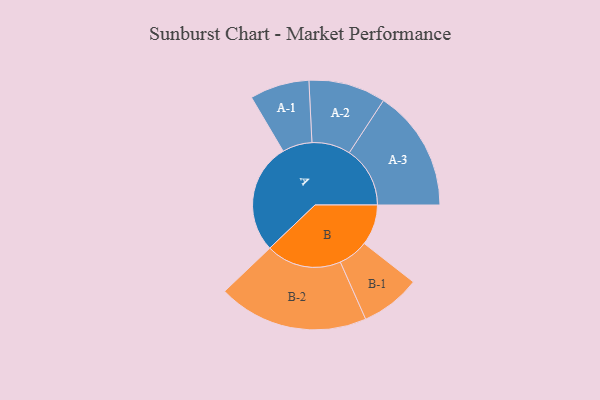
{"axis": {"x": "Segment", "y": "Value"}, "legend": ["", "A", "B"], "data": [{"x": "A", "y": 412, "type": ""}, {"x": "B", "y": 152, "type": ""}, {"x": "A-1", "y": 111, "type": "A"}, {"x": "A-2", "y": 144, "type": "A"}, {"x": "A-3", "y": 227, "type": "A"}, {"x": "B-1", "y": 112, "type": "B"}, {"x": "B-2", "y": 281, "type": "B"}]}